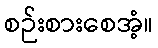
စဉ်းစားစေအံ့။